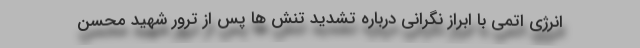
انرژی اتمی با ابراز نگرانی درباره تشدید تنش ها پس از ترور شهید محسن